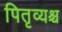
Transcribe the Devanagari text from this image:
पितृव्यश्च